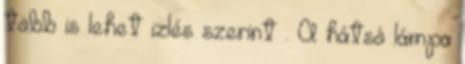
több is lehet izlés szerint . A hátsó lámpa